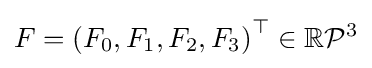
F=\left(F_{0},F_{1},F_{2},F_{3}\right)^{\top }\in \mathbb {R} {\mathcal {P}}^{3}